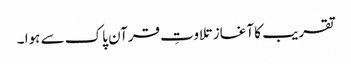
تقریب کا آغاز تلاوتِ قرآن پاک سے ہوا ۔